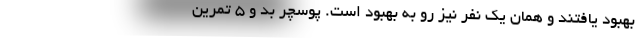
بهبود یافتند و همان یک نفر نیز رو به بهبود است. پوسچر بد و ۵ تمرین